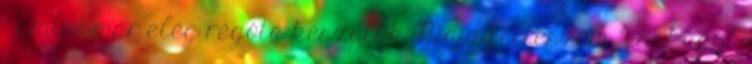
– amire már elég régóta készülök. Majd felteszem "csakúgy".